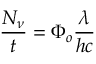
{ \frac { N _ { \nu } } { t } } = \Phi _ { o } { \frac { \lambda } { h c } }